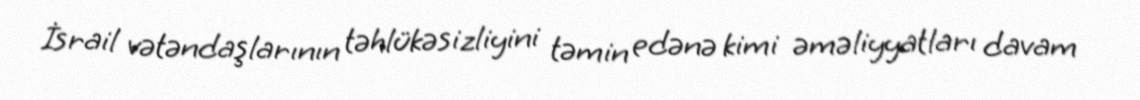
İsrail vətəndaşlarının təhlükəsizliyini təmin edənə kimi əməliyyatları davam